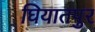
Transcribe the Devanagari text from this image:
घियातपुर